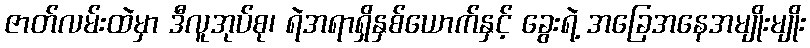
ဇာတ်လမ်းထဲမှာ ဒီလူအုပ်စု၊ ရဲအရာရှိနှစ်ယောက်နှင့် ခွေးရဲ့ အခြေအနေအမျိုးမျိုး